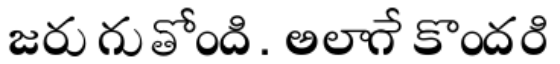
జరుగుతోంది. అలాగే కొందరి